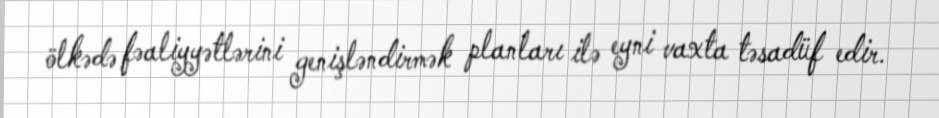
ölkədə fəaliyyətlərini genişləndirmək planları ilə eyni vaxta təsadüf edir.